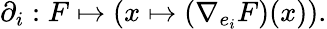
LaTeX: \partial_{i}:F\mapsto(x\mapsto(\nabla_{e_{i}}F)(x)).